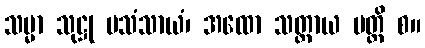
သမ္မာ သုဋ္ဌု ပသံသာယံ၊ အထော သတ္တာယ မတ္ထိ စ။